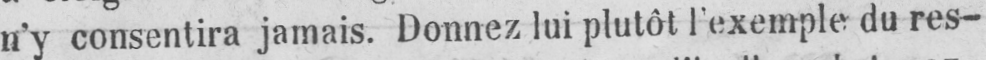
n’y consentira jamais. Donnez lui plutôt l’exemple du res-